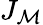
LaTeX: J_{\mathcal{M}}